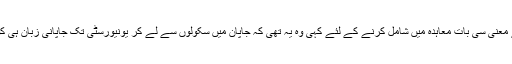
شہنشاہ نے جو غیر اہم اور بے معنی سی بات معاہدہ میں شامل کرنے کے لئے کہی وہ یہ تھی کہ جاپان میں سکولوں سے لے کر یونیورسٹی تک جاپانی زبان ہی کو باقی و مروّج رکھا جائے گا۔